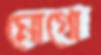
মোগো